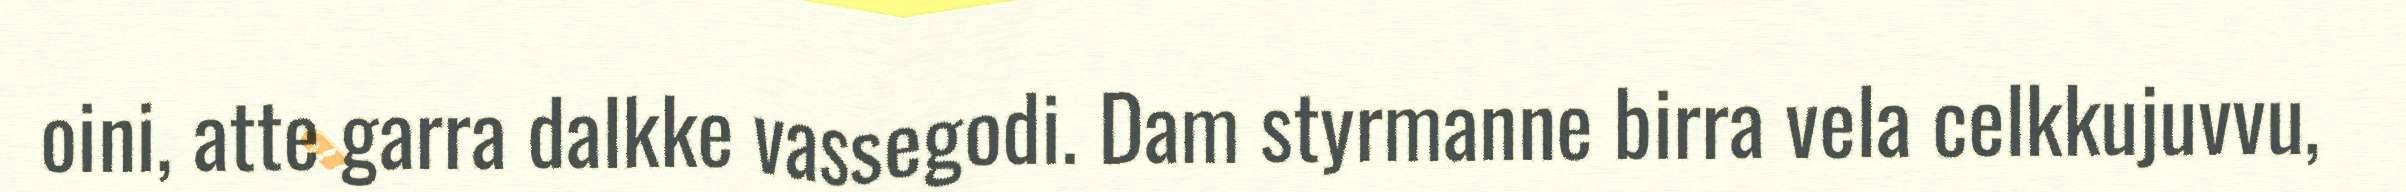
oini, atte garra dalkke vassegodi. Dam styrmanne birra vela celkkujuvvu,